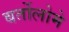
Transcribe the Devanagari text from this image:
बर्तोलोमे